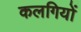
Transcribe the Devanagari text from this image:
कलगियों